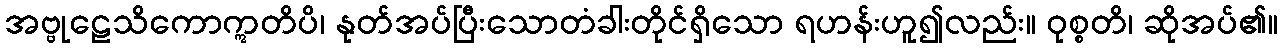
အဗ္ဗုဠေသိကောဣတိပိ၊ နုတ်အပ်ပြီးသောတံခါးတိုင်ရှိသော ရဟန်းဟူ၍လည်း။ ဝုစ္စတိ၊ ဆိုအပ်၏။